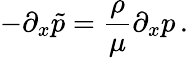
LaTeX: -\partial_{x}\tilde{p}={\frac{\rho}{\mu}}\partial_{x}p\, .